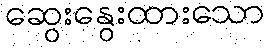
ဆွေးနွေးထားသော